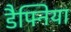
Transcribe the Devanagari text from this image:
डैफ्निया